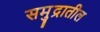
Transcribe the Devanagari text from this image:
समु्द्रातील